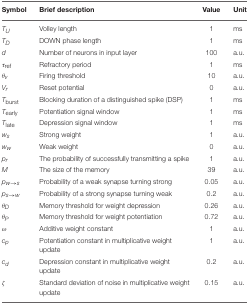
| Symbol | Brief description | Value | Unit |
 | --- | --- | --- | --- |
 | TU | Volley length | 1 | ms |
 | TD | DOWN phase length | 1 | ms |
 | d | Number of neurons in input layer | 100 | a.u. |
 | τref | Refractory period | 1 | ms |
 | θv | Firing threshold | 10 | a.u. |
 | Vr | Reset potential | 0 | a.u. |
 | Tburst | Blocking duration of a distinguished spike (DSP) | 1 | ms |
 | Tearly | Potentiation signal window | 1 | ms |
 | Tlate | Depression signal window | 1 | ms |
 | ws | Strong weight | 1 | a.u. |
 | ww | Weak weight | 0 | a.u. |
 | pr | The probability of successfully transmitting a spike | 1 | a.u. |
 | M | The size of the memory | 39 | a.u. |
 | pw→s | Probability of a weak synapse turning strong | 0.05 | a.u. |
 | ps→w | Probability of a strong synapse turning weak | 0.2 | a.u. |
 | θD | Memory threshold for weight depression | 0.26 | a.u. |
 | θP | Memory threshold for weight potentiation | 0.72 | a.u. |
 | ω | Additive weight constant | 1 | a.u. |
 | cp | Potentiation constant in multiplicative weight update | 1 | a.u. |
 | cd | Depression constant in multiplicative weight update | 0.2 | a.u. |
 | ζ | Standard deviation of noise in multiplicative weight update | 0.15 | a.u. |